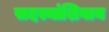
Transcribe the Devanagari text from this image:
सदस्यांशिवाय